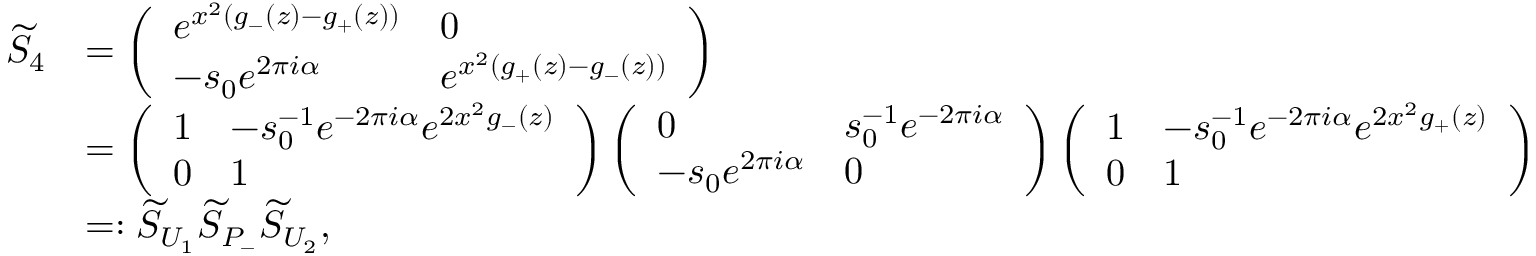
\begin{array} { r l } { \widetilde { S } _ { 4 } } & { = \left( \begin{array} { l l } { e ^ { x ^ { 2 } ( g _ { - } ( z ) - g _ { + } ( z ) ) } } & { 0 } \\ { - s _ { 0 } e ^ { 2 \pi i \alpha } } & { e ^ { x ^ { 2 } ( g _ { + } ( z ) - g _ { - } ( z ) ) } } \end{array} \right) } \\ & { = \left( \begin{array} { l l } { 1 } & { - s _ { 0 } ^ { - 1 } e ^ { - 2 \pi i \alpha } e ^ { 2 x ^ { 2 } g _ { - } ( z ) } } \\ { 0 } & { 1 } \end{array} \right) \left( \begin{array} { l l } { 0 } & { s _ { 0 } ^ { - 1 } e ^ { - 2 \pi i \alpha } } \\ { - s _ { 0 } e ^ { 2 \pi i \alpha } } & { 0 } \end{array} \right) \left( \begin{array} { l l } { 1 } & { - s _ { 0 } ^ { - 1 } e ^ { - 2 \pi i \alpha } e ^ { 2 x ^ { 2 } g _ { + } ( z ) } } \\ { 0 } & { 1 } \end{array} \right) } \\ & { = : \widetilde { S } _ { U _ { 1 } } \widetilde { S } _ { P _ { - } } \widetilde { S } _ { U _ { 2 } } , } \end{array}